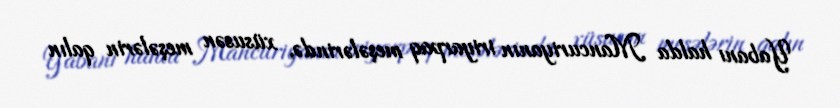
Yabanı halda Mancuriyanın iriyarpaq meşələrində, xüsusən meşələrin qalın